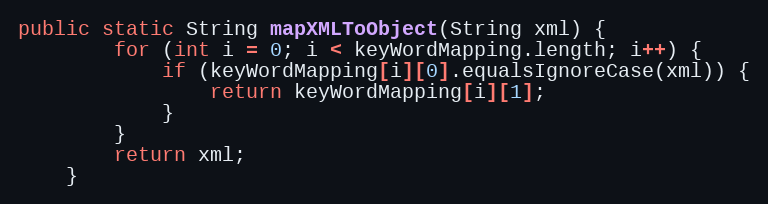
Language: Java
public static String mapXMLToObject(String xml) {
		for (int i = 0; i < keyWordMapping.length; i++) {
			if (keyWordMapping[i][0].equalsIgnoreCase(xml)) {
				return keyWordMapping[i][1];
			}
		}
		return xml;
	}